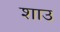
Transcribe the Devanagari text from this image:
शाउ